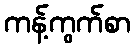
ကန့်ကွက်စာ